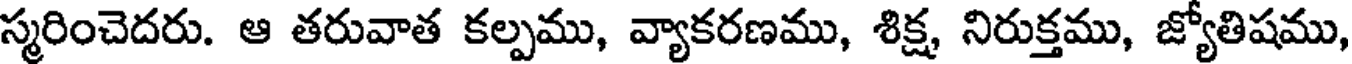
స్మరించెదరు. ఆ తరువాత కల్పము, వ్యాకరణము, శిక్ష, నిరుక్తము, జ్యోతిషము,